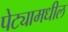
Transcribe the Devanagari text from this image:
पेट्यामधील